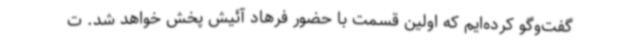
گفت‌وگو کرده‌ایم که اولین قسمت با حضور فرهاد آئیش پخش خواهد شد. ت